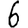
Digit: 6